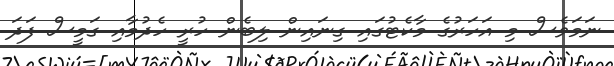
ނަމަވެސް މި އަހަރުގެ މާކެޓުގައި ގިނައިން ލިބެން ހުރީ ހެދުމާއި ގަމީސް ފަދަ